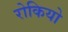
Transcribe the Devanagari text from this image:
रोकियो